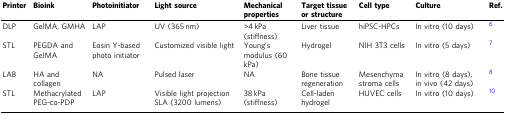
<table><thead><tr><td><b>Printer</b></td><td><b>Bioink</b></td><td><b>Photoinitiator</b></td><td><b>Light source</b></td><td><b>Mechanical properties</b></td><td><b>Target tissue or structure</b></td><td><b>Cell type</b></td><td><b>Culture</b></td><td><b>Ref.</b></td></tr></thead><tbody><tr><td>DLP</td><td>GelMA, GMHA</td><td>LAP</td><td>UV (365 nm)</td><td>&gt;4 kPa (stiffness)</td><td>Liver tissue</td><td>hiPSC-HPCs</td><td>In vitro (10 days)</td><td><sup>6</sup></td></tr><tr><td>STL</td><td>PEGDA and GelMA</td><td>Eosin Y-based photo initiator</td><td>Customized visible light</td><td>Young’s modulus (60 kPa)</td><td>Hydrogel</td><td>NIH 3T3 cells</td><td>In vitro (5 days)</td><td><sup>7</sup></td></tr><tr><td>LAB</td><td>HA and collagen</td><td>NA</td><td>Pulsed laser</td><td>NA</td><td>Bone tissue regeneration</td><td>Mesenchyma stroma cells</td><td>In vitro (8 days), in vivo (42 days)</td><td><sup>8</sup></td></tr><tr><td>STL</td><td>Methacrylated PEG-co-PDP</td><td>LAP</td><td>Visible light projection SLA (3200 lumens)</td><td>38 kPa (stiffness)</td><td>Cell-laden hydrogel</td><td>HUVEC cells</td><td>In vitro (10 days)</td><td><sup>10</sup></td></tr></tbody></table>